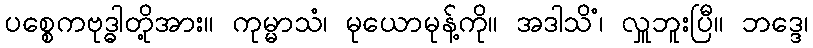
ပစ္စေကဗုဒ္ဓါတို့အား။ ကုမ္မာသံ၊ မုယောမုန့်ကို။ အဒါသိံ၊ လှူဘူးပြီ။ ဘဒ္ဒေ၊